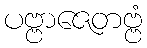
ပဗ္ဗာဇေတဗ္ဗံ